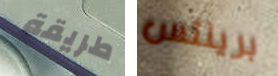
طريقة برينتس